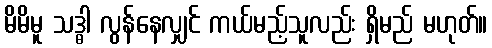
မိမိမူ သဒ္ဓါ လွန်နေလျှင် ကယ်မည့်သူလည်း ရှိမည် မဟုတ်။